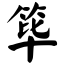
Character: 筚